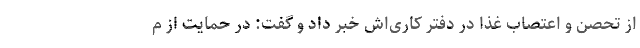
از تحصن و اعتصاب غذا در دفتر کاری‌اش خبر داد و گفت: در حمایت از م